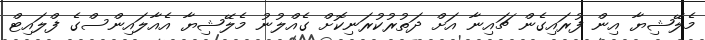
މެލޭޝިޔާ އިން ފުރައިގެން ޗައިނާ އަށް ދަތުރުކުރަނިކޮށް ގެއްލުނު މެލޭޝިޔާ އެއާލައިންސްގެ ފްލައިޓް